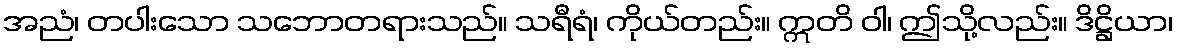
အညံ၊ တပါးသော သဘောတရားသည်။ သရီရံ၊ ကိုယ်တည်း။ ဣတိ ဝါ၊ ဤသို့လည်း။ ဒိဋ္ဌိယာ၊